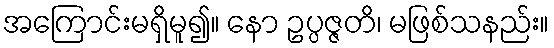
အကြောင်းမရှိမူ၍။ နော ဥပ္ပဇ္ဇတိ၊ မဖြစ်သနည်း။